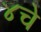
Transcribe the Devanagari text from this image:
४चे